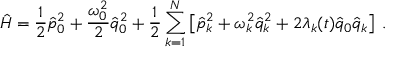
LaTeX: \hat { H } = \frac { 1 } { 2 } \hat { p } _ { 0 } ^ { 2 } + \frac { \omega _ { 0 } ^ { 2 } } { 2 } \hat { q } _ { 0 } ^ { 2 } + \frac { 1 } { 2 } \sum _ { k = 1 } ^ { N } \left[ \hat { p } _ { k } ^ { 2 } + \omega _ { k } ^ { 2 } \hat { q } _ { k } ^ { 2 } + 2 \lambda _ { k } ( t ) \hat { q } _ { 0 } \hat { q } _ { k } \right] \; .